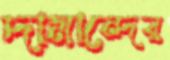
দামান্দের